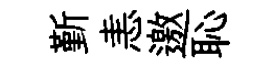
斳恚邀恥